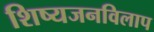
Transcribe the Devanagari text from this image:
शिष्यजनविलाप